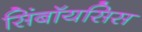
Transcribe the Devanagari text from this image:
सिंबॉयसिस